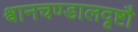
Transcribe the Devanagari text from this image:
श्वानचण्डालदृष्टौ